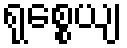
ရုစ္စေယျ